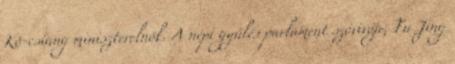
Kö-csiang miniszterelnök. A népi gyűlés parlament szóvivője, Fu Jing